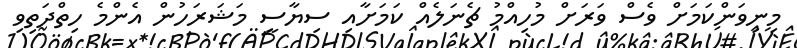
މިނިވަންކަމަށް ވެސް ވަރަށް މުހިއްމު ޗެނަލެއް ކަމަށާއި ސިޔާސީ މަޝަރަހުން އެންމެ ހިތްދަތިވި